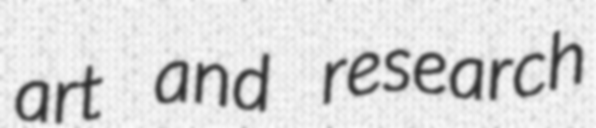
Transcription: art and research